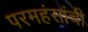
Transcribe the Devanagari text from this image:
परमहंसांची